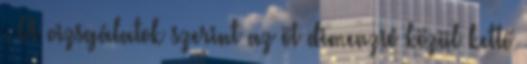
. A vizsgálatok szerint az öt dimenzió közül kettő